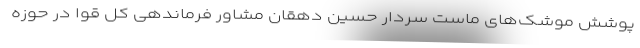
پوشش موشک‌های ماست سردار حسین دهقان مشاور فرماندهی کل قوا در حوزه